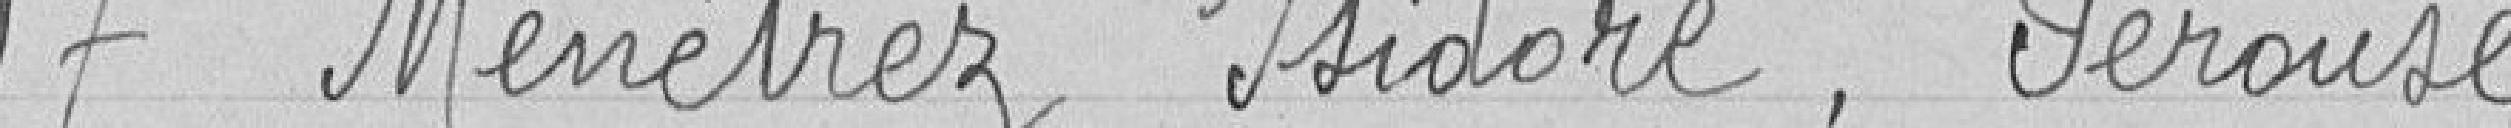
7 Ménétrez Isidore, Pérouse